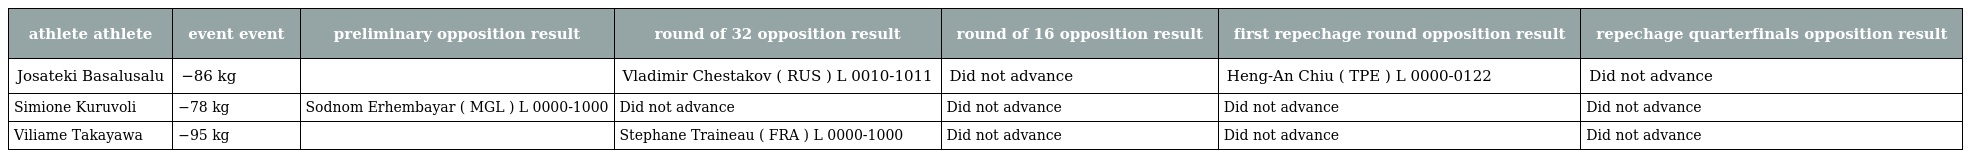
| athlete athlete | event event | preliminary opposition result | round of 32 opposition result | round of 16 opposition result | first repechage round opposition result | repechage quarterfinals opposition result |
 | --- | --- | --- | --- | --- | --- | --- |
 | Josateki Basalusalu | −86 kg |  | Vladimir Chestakov ( RUS ) L 0010-1011 | Did not advance | Heng-An Chiu ( TPE ) L 0000-0122 | Did not advance |
 | Simione Kuruvoli | −78 kg | Sodnom Erhembayar ( MGL ) L 0000-1000 | Did not advance | Did not advance | Did not advance | Did not advance |
 | Viliame Takayawa | −95 kg |  | Stephane Traineau ( FRA ) L 0000-1000 | Did not advance | Did not advance | Did not advance |